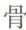
骨